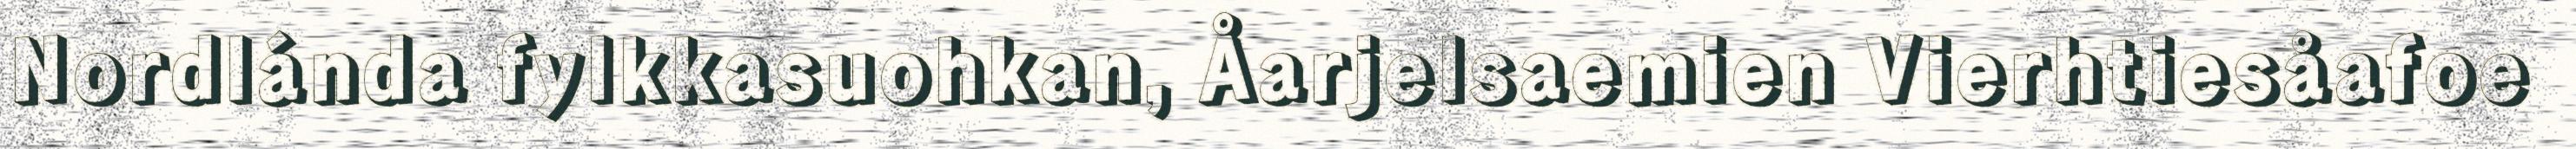
Nordlánda fylkkasuohkan, Åarjelsaemien Vierhtiesåafoe